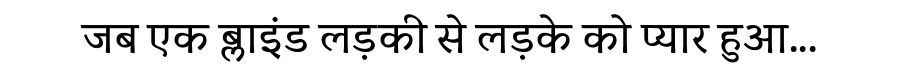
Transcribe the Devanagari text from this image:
जब एक ब्लाइंड लड़की से लड़के को प्यार हुआ...